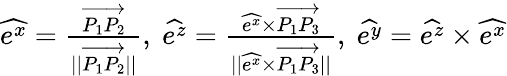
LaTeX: \begin{array}{r}{\widehat{e^{x}}=\frac{\overrightarrow{P_{1}P_{2}}}{\vert\vert\overrightarrow{P_{1}P_{2}}\vert\vert},\ \widehat{e^{z}}=\frac{\widehat{e^{x}}\times\overrightarrow{P_{1}P_{3}}}{\vert\vert\widehat{e^{x}}\times\overrightarrow{P_{1}P_{3}}\vert\vert},\ \widehat{e^{y}}=\widehat{e^{z}}\times\widehat{e^{x}}}\end{array}